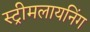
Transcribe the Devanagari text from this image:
स्ट्रीमलायनिंग